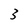
Character: 3